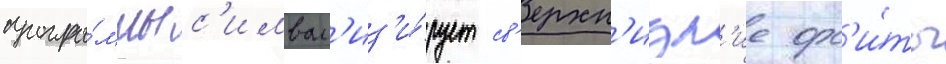
програ́ммы с'имвол'из'и́рует св'ерхн'изк'ие орб'и́ты